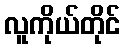
လူကိုယ်တိုင်